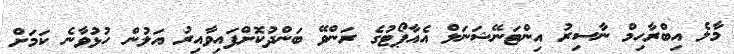
މާލެ އިބްރާހިމް ނާސިރު އިންޓަނޭޝަނަލް އެއާޕޯޓުގެ ރަންވޭ ބަންދުކޮށްފައިވާއިރު އަލުން ހުޅުވާނެ ކަމަށް